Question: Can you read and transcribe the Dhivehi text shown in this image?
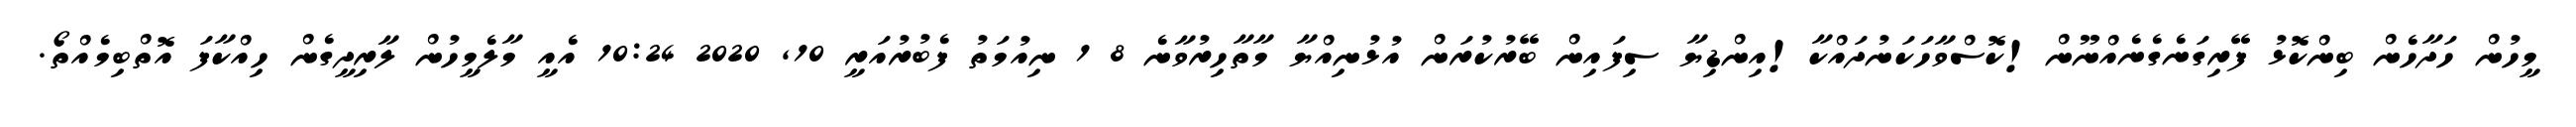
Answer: މީހުން ހަދާހެން ބިންކޮޅު ފޭރިގަނެގެނެއްނޫން!ކޮސްވާހަކަނުދައްކާ!އިންޑިޔާ ސިފައިން ބޭރުކުރަން އުޅުނިއްޔާ މާތާހިރުވާނެ 8 1 ނިއުމަތު ފެބުރުއަރީ 10, 2020 10:24 އެއީ މާލެމީހުން ލާރިދީގެން ހިއްކާފަ އޮތްބިމެއްތޯ.